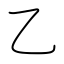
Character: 乙